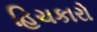
હિચકારો